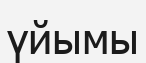
үйымы